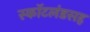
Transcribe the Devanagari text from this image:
स्कॉटलंडसह